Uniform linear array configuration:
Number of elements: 48
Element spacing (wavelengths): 1
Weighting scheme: cosine
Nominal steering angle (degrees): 45
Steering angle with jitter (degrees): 44.579
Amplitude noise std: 0.05
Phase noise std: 0.05

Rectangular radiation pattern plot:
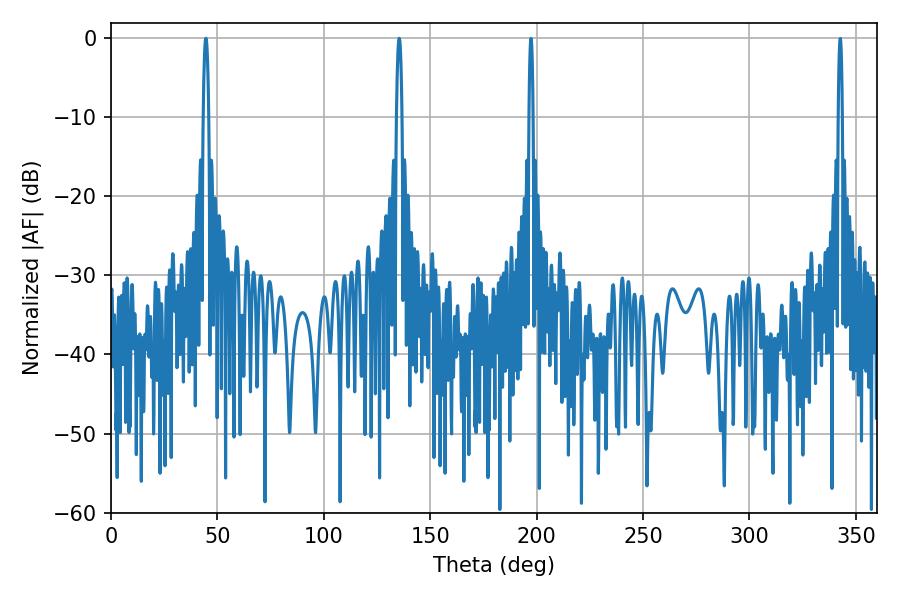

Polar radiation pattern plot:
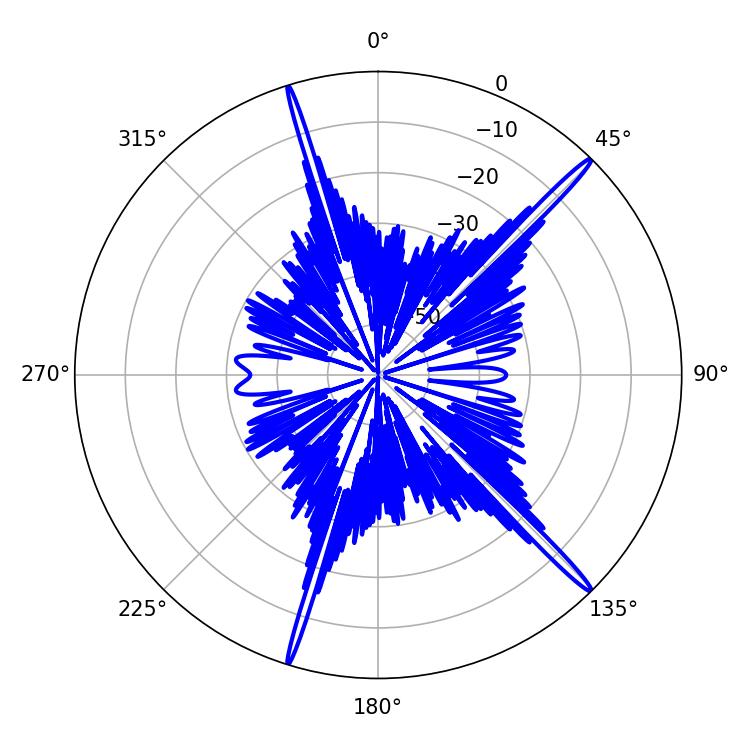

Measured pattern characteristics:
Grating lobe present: TRUE
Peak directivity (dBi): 18.487
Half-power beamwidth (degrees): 1.44
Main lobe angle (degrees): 44.64